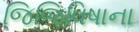
જિજિવિષાના